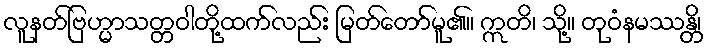
လူနတ်ဗြဟ္မာသတ္တဝါတို့ထက်လည်း မြတ်တော်မူ၏။ ဣတိ၊ သို့။ တုဝံနမဿန္တိ၊